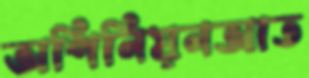
অপিনিয়নআত